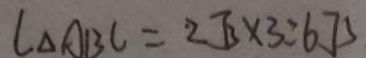
l _ { \Delta A B C } = 2 \sqrt { 3 } \times 3 = 6 . 7 5